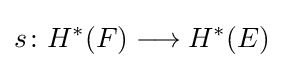
s\colon H^{*}(F)\longrightarrow H^{*}(E)